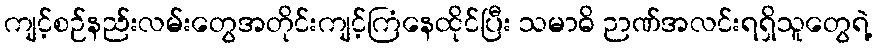
ကျင့်စဉ်နည်းလမ်းတွေအတိုင်းကျင့်ကြံနေထိုင်ပြီး သမာဓိ ဉာဏ်အလင်းရရှိသူတွေရဲ့